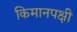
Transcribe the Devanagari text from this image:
किमानपक्षी